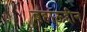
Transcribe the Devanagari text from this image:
बहाऊद्दीन